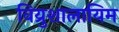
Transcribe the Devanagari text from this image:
विय्रुशालायिम